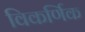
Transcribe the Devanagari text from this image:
विकर्णिक